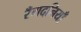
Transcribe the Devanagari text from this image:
रँगदनियाँ